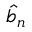
\widehat { b } _ { n }